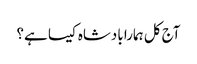
آج کل ہمارا بادشاہ کیسا ہے؟